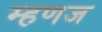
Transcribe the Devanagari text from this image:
म्हणज